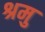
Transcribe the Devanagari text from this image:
श्रमु